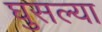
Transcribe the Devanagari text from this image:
घुसल्या